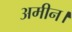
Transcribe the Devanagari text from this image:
अमीन।